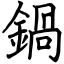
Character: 鍋